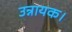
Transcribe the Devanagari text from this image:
उन्नायक।